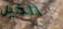
الخيل